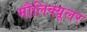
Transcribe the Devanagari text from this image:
मौलिक्यूलर